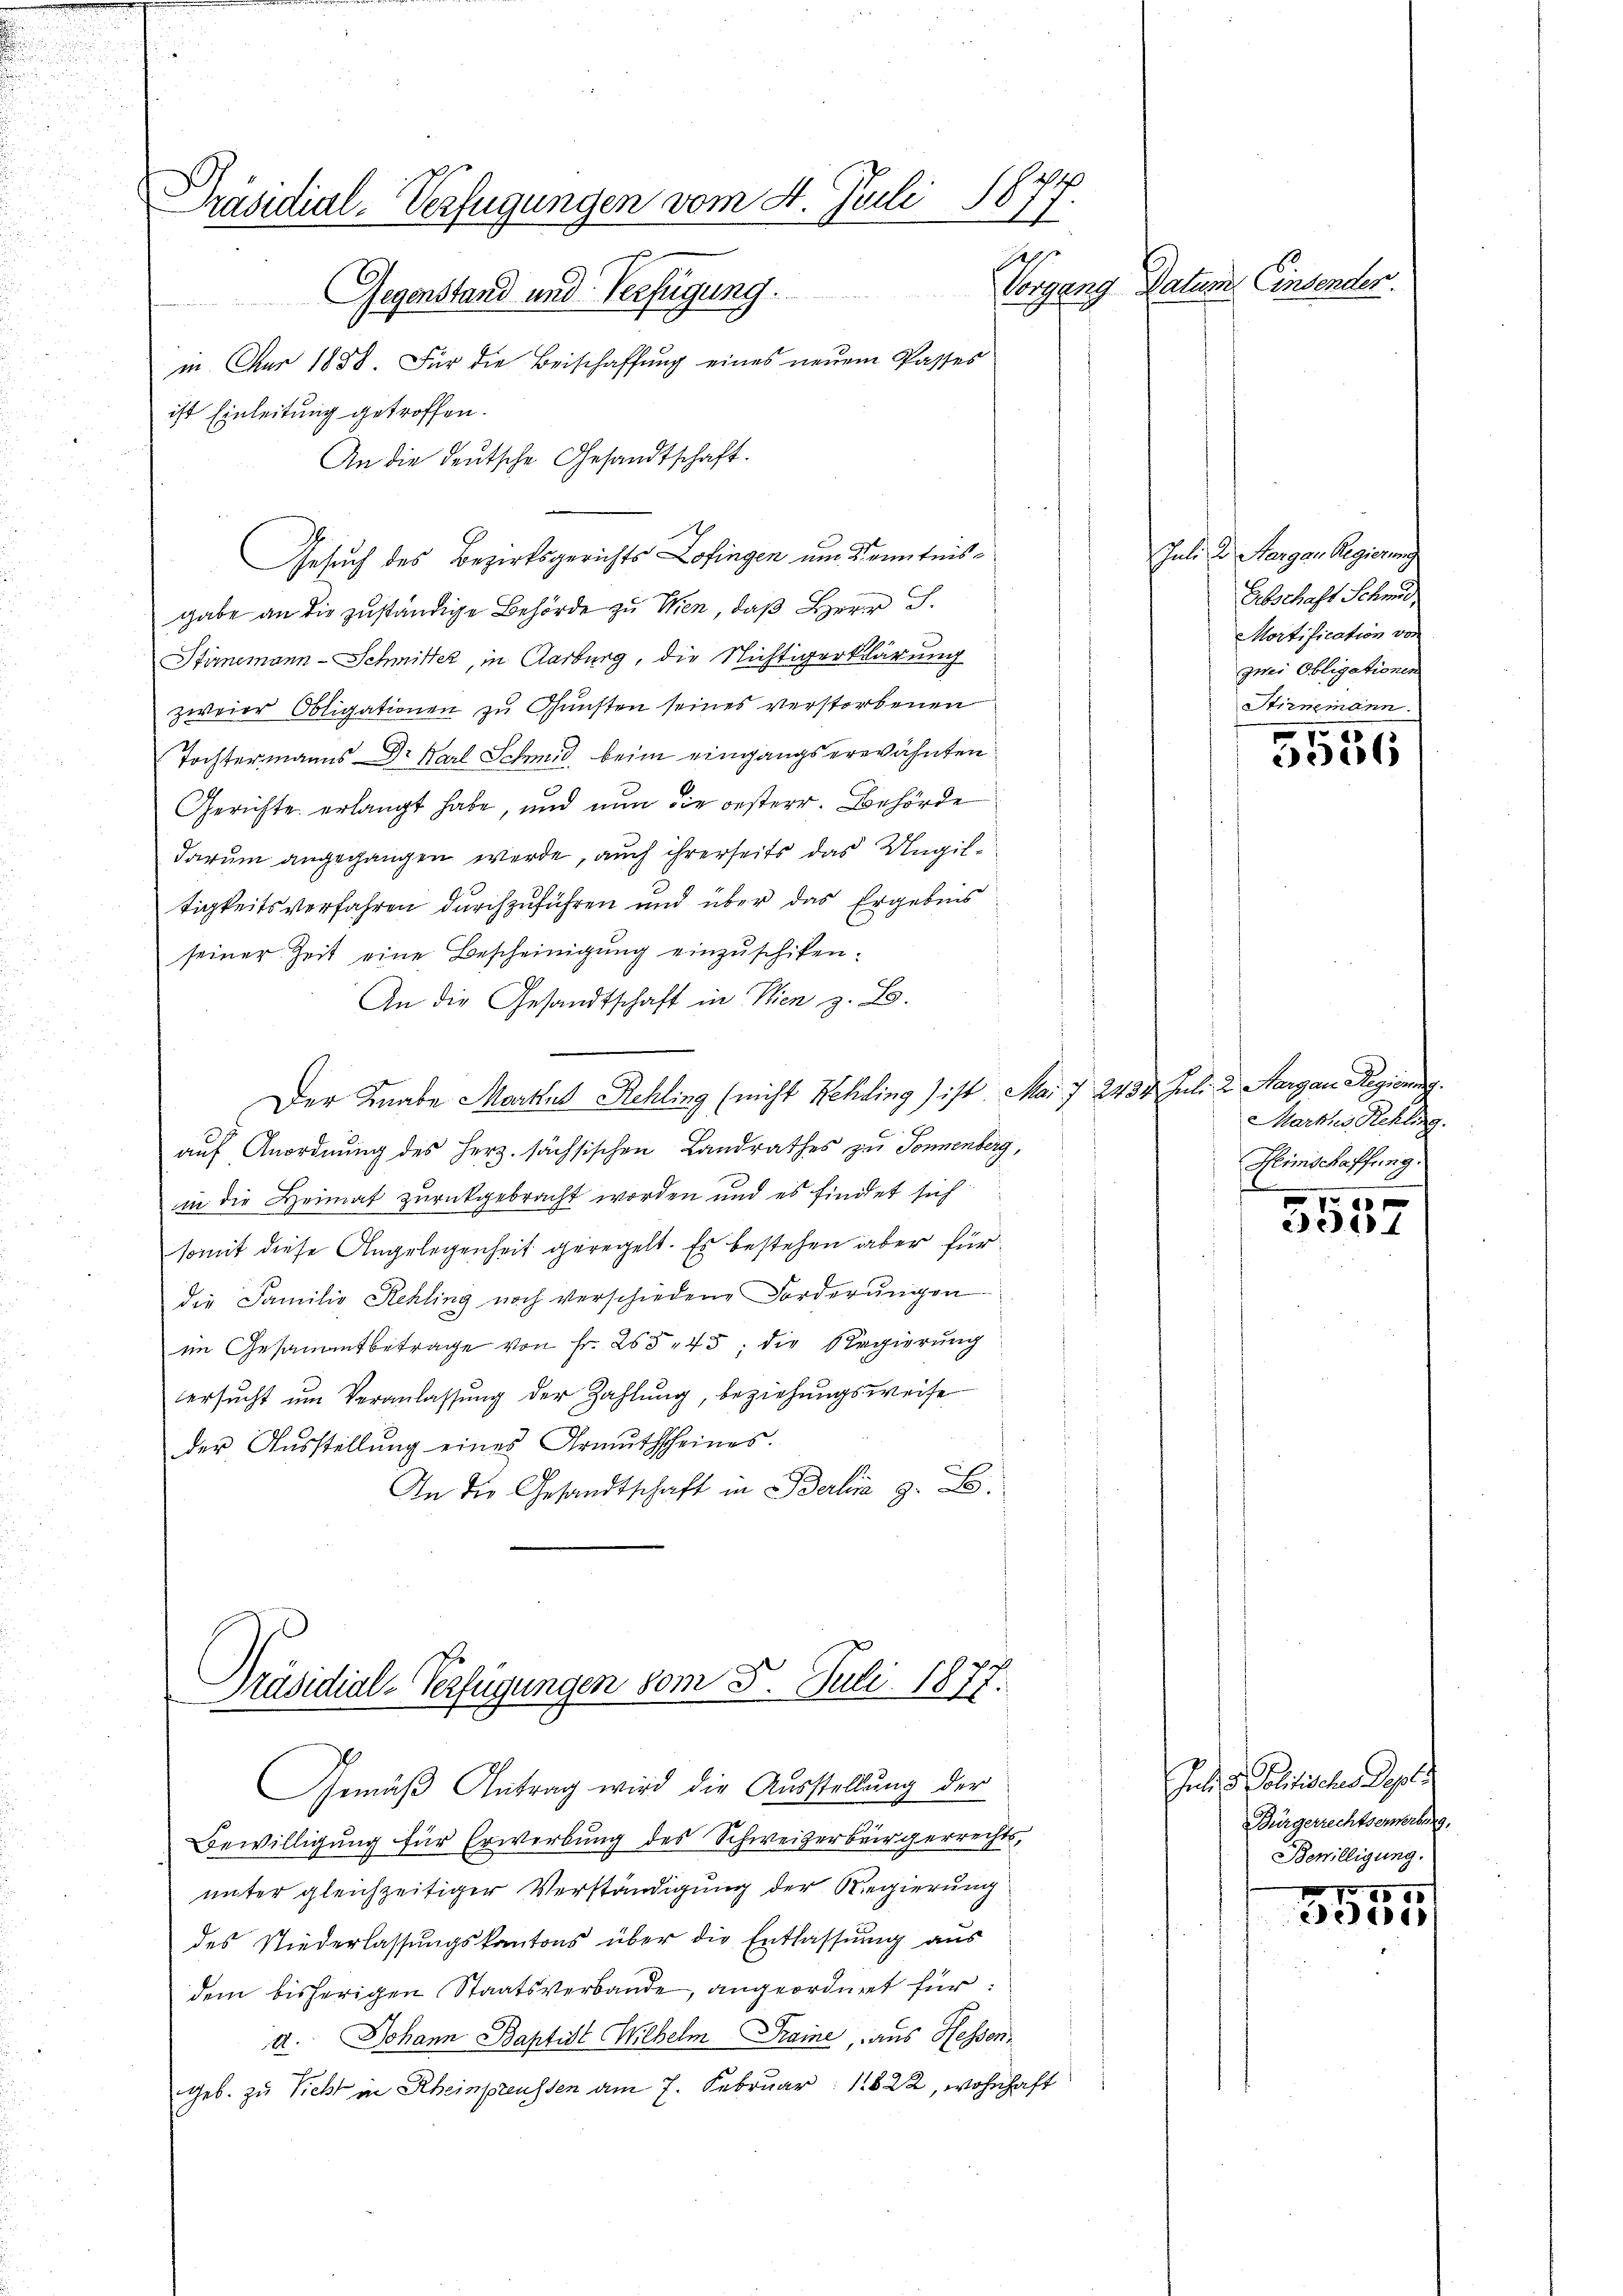
.

Präsidial-Verfügungen vom 4. Juli 1877.
p
Vorgang Datum Einsender.
Gegenstand und Verfügung.
in Aur 1888 Für die Beischaffung eines neuem Passes
ist Einleitung getroffen.

An die deutsche Gesandtschaft.
.
Gesuch des Bezirksgerichts Lofingen um Kenntnisgabe an die zuständige Behörde zu Wien, daß Herr D.
Stirnemann-Schmitter, in Aarburg, die Nichtigerklärung
zweier Obligationen zu Gunsten seines verstorbenen
Tochtermanns Dr. Karl Schmid, beim eingangs erwähnten
Gerichte erlangt habe, und nun die oesterr. Behörde
darum angegangen werde, auch ihrerseits das Ungiltigkeitsverfahren durchzuführen und über das Ergebnis
seiner Zeit eine Bescheinigŭng einzuschiken.
An die Gesandtschaft in Wien z. B.
Der Knabe Markus Rehling (nicht Rekling ist. Mai 7. 2434 Juli 2. Aargau Regieng.
auf Anordnung des Herz sächsischen Landrathes zu Sonnenberg,
in die Heimat zurückgebracht worden und es findet sich
somit diese Angelegenheit geregelt. Es bestehen aber für
die Familie Rehling noch verschiedene Forderungen
im Gesammtbetrage von Fr. 255, 45, die Regierung
ersucht um Veranlassung der Zahlung, beziehungsweise
der Aŭsstellung eines Armuthscheines.
An der Gesandtschaft in Berlie z. B.

Präsidial-Verfügungen vom 5. Juli 1877

Gemäß Antrag wird die Ausstellung der
Bewilligung für Erwerbung des Schweizerbürgerrechts,
unter gleichzeitiger Verständigung der Regierung
des Niederlassungskantons über die Entlassung aus
dem bisherigen Staatsverbande, angeordnet für:
a. Johann Baptist Wilhelm Traine, aus Hessen
geb. zu Sicht in Rheinpreussen am 7. Februar 1822, wohnhaft

Juli d. Aargau Regierung
Erbschaft Schmid,
Mortification von
zwei Obligationen
Stirnemann.

5556

Marktes Rekling.
Heimschaffung.

Eid.

Juli u. Politischer Regel
Bürgerrechtserwerberg.
Bewilligung.

9000
ede